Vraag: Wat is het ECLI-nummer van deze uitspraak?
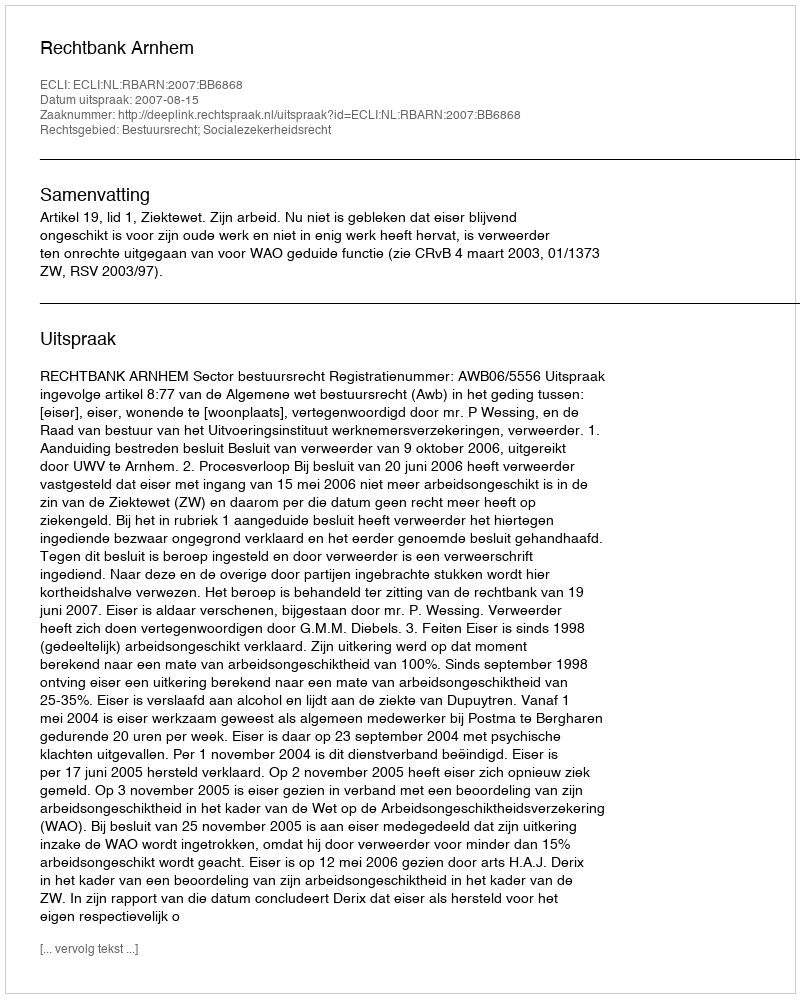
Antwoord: ECLI:NL:RBARN:2007:BB6868